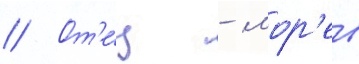
// От'е́ц - мор'ев